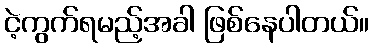
ငဲ့ကွက်ရမည့်အခါ ဖြစ်နေပါတယ်။